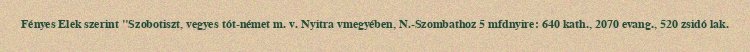
Fényes Elek szerint "Szobotiszt, vegyes tót-német m. v. Nyitra vmegyében, N.-Szombathoz 5 mfdnyire: 640 kath., 2070 evang., 520 zsidó lak.